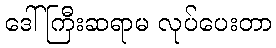
ဒေါ်ကြီးဆရာမ လုပ်ပေးတာ